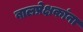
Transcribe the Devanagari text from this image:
बालप्रेक्षकांना